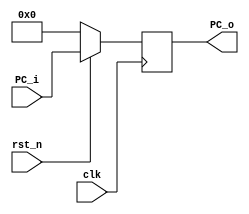
module PC (
	input  	   		  clk,    // Clock
	input  	   		  rst_n,  // Synchronous reset active low
	input  	   [31:0] PC_i,
	output reg [31:0] PC_o
);

always @(posedge clk) begin
	if(~rst_n) begin
		PC_o <= 32'b0;
	end else begin
		PC_o <= PC_i;
	end
end

endmodule